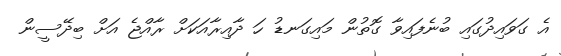
އެ ގަވައިދުގައި ބުނެފައިވާ ގޮތުން މައިގަނޑު ހަ ދާއިރާއަކަށް ރާއްޖެ އަށް ބިދޭސީން